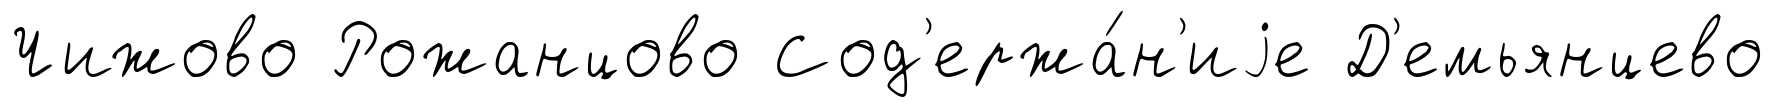
Чижово Рожанцово Сод'ержа́н'иjе Д'емьянцево